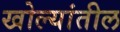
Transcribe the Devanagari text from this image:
खोल्यांतील